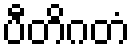
ပီတိဂတံ